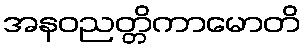
အနဝညတ္တိကာမောတိ